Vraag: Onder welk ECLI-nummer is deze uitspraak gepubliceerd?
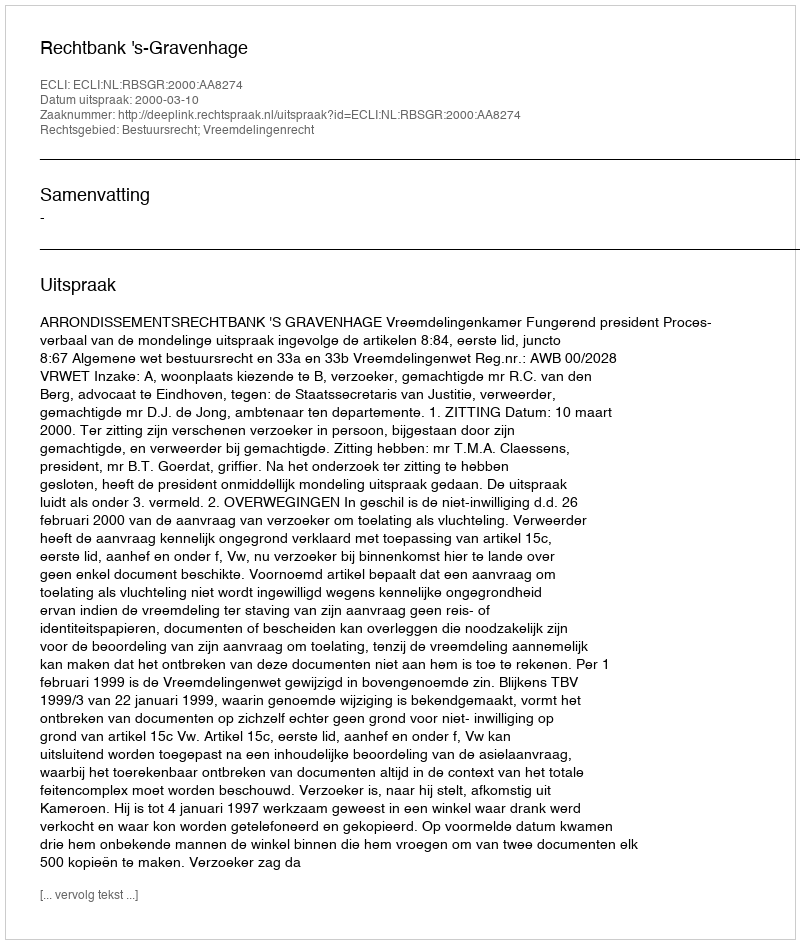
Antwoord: ECLI:NL:RBSGR:2000:AA8274